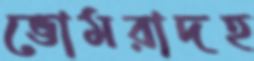
ভোমরাদহ